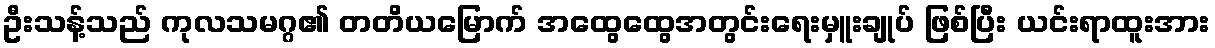
ဦးသန့်သည် ကုလသမဂ္ဂ၏ တတိယမြောက် အထွေထွေအတွင်းရေးမှူးချုပ် ဖြစ်ပြီး ယင်းရာထူးအား